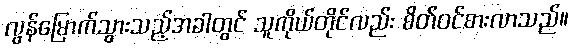
လွန်မြောက်သွားသည့်အခါတွင် သူကိုယ်တိုင်လည်း စိတ်ဝင်စားလာသည်။